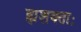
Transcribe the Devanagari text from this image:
ह्यशक्ताः